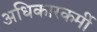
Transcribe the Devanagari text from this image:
अधिकारकर्मी